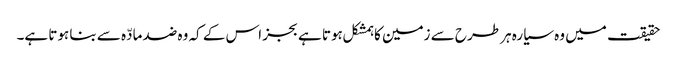
حقیقت میں وہ سیارہ ہر طرح سے زمین کا ہمشکل ہوتا ہے بجز اس کے کہ وہ ضد مادّہ سے بنا ہوتا ہے۔